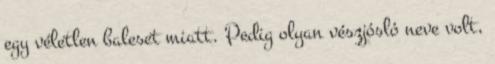
egy véletlen baleset miatt. Pedig olyan vészjósló neve volt,